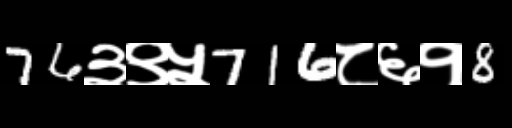
Text: 76३९५716८६१8